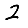
Digit: 2